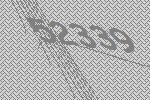
52339